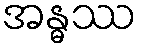
အန္ဓဿ